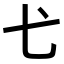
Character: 𢍺